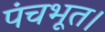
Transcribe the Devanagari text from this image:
पंचभूत।